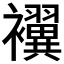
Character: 𮷃